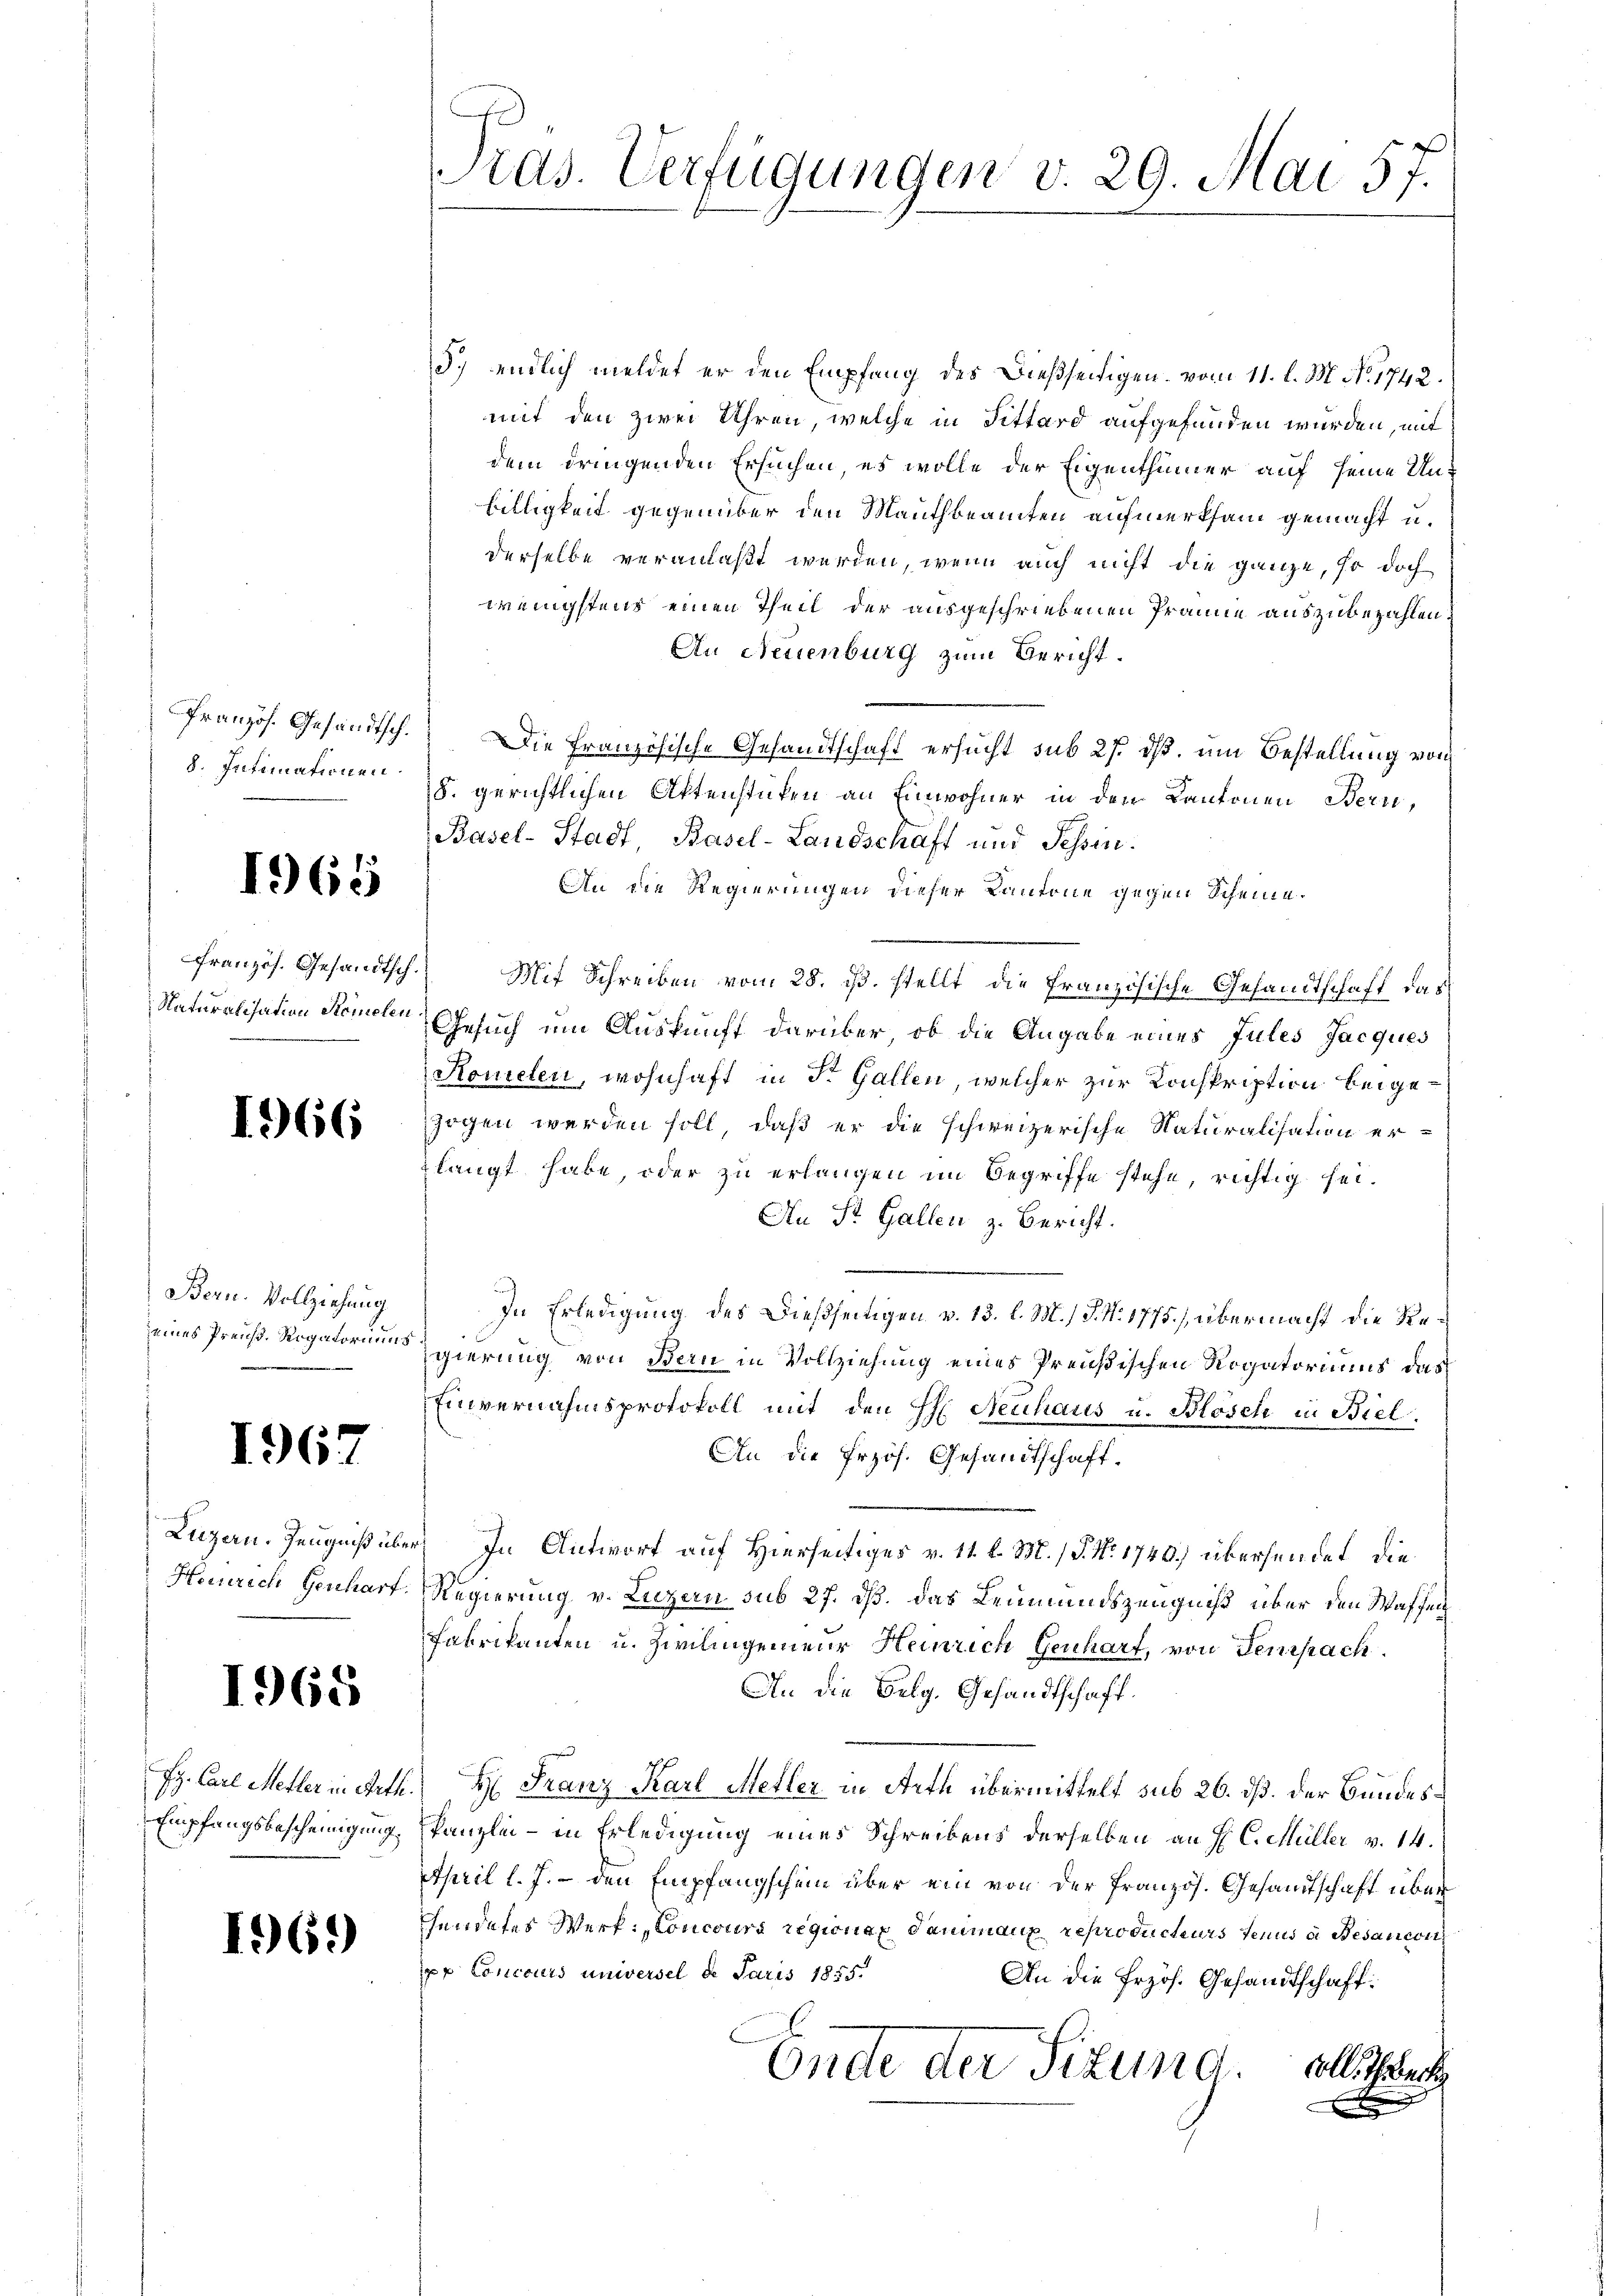
8. Intimationen.

1965

166

Bern. Vollziehung
eines Preuß. Rogatoriums

1967

Luzern. Zeugniß übe
Heinrich Gescharf

1968

Hy. Carl Metter in Arth
Empfangsbescheinigung.

161)

Pras. Verfügungen v. 29. Mai 57.

5.) endlich meldet er den Empfang des dießseitigen vom 11. l. M. No. 1742.
mit den zwei Uhren, welche in Fittard aufgefunden würden, mit
dem dringenden Ersuchen, es wolle der Eigenthümer auf seine Unbilligkeit gegenüber den Mauthbeamten aufmerksam gemacht u.
derselbe veranlaßt werden, wenn auch nicht die ganze, so doch
wenigstens einen Theil der ausgeschriebenen Prämie auszubezahlen.
An Neuenburg zum Bericht.
Französ. Gesandtsch. Die französische Gesandtschaft ersucht sub 27. dß. um Bestellung von
18. gerichtlichen Aktenstücken an Einwohner in den Kantonen Bern,
Basel-Stadt, Basel-Landschaft und Tessin.
An die Regierungen dieser Kantone gegen Scheine.
Französ. Gesandtsch. Mit Schreiben vom 28. ds. stellt, die französische Gesandtschaft das
Naturalisation Semelen Gesuch um Auskunft darüber, ob die Angabe eines Jules Jacques
Romelen, wohnhaft in St. Gallen, welcher zur Konskription beigezogen werden soll, daß er die schweizerische Naturalisation erlangt habe, oder zu erlangen im Begriffe stehe, richtig sei.
An St. Gallen z. Bericht.
In Erledigung des Dießseitigen v. 13. l. M.) S. Nr. 1775.) übermacht die Regierung von Bern in Vollziehung eines Preußischen Rogatoriums das
Einvernahmsprotokoll mit den H. Neuhaus u. Blösch in Biel
An die frzös. Gesandtschaft.
) In Antwort auf Hierseitiges v. 11. l. M. / P. Nr. 1740) übersendet, die
Regierung v. Luzern sub 27. dß. Das Leumundszeugniß über den Waffen
Fabrikanten u. Zivilingenieur Heinrich Genhart, von Fenspach.
An die Belg. Gesandtschaft.
 H: Franz Karl Metler in Arth übermittelt sub 26. dß. der Bundeskanzlei - in Erledigung eines Schreibens derselben an H. C. Müller v. 14.
April l. J. – den Empfangschein über ein von der Französ. Gesandtschaft über
sendetes Werk: Concours regionen Dammann reproducteurs tenus in Besaricon
pp Concours universel de Juris 1855.
An die Erzös. Gesandtschaft:
Ende der Sitzund. Alle